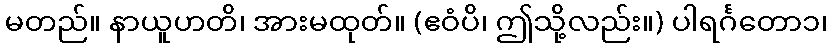
မတည်။ နာယူဟတိ၊ အားမထုတ်။ (ဧဝံပိ၊ ဤသို့လည်း။) ပါရင်္ဂတော၁၊